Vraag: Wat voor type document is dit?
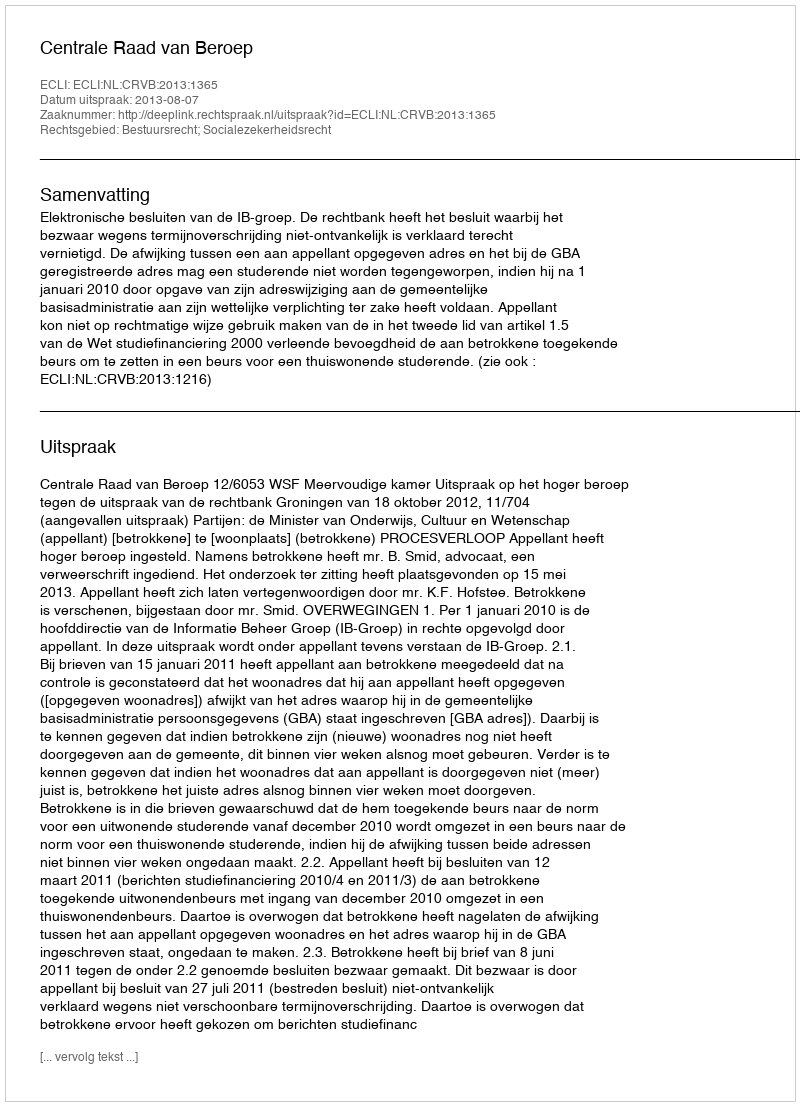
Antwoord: Uitspraak